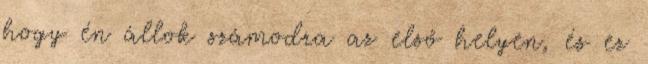
hogy én állok számodra az első helyen, és ez